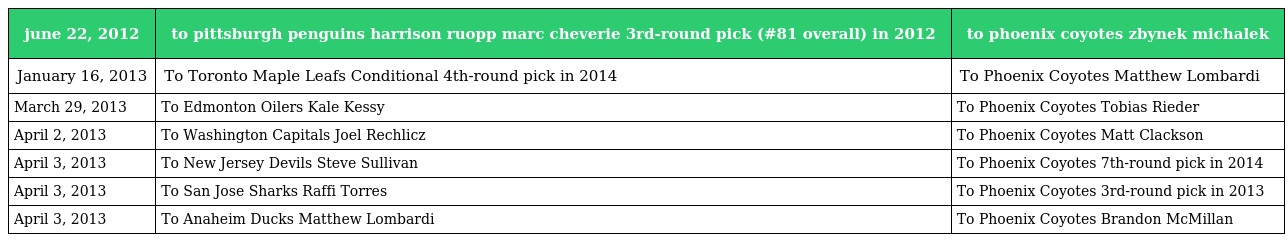
| june 22, 2012 | to pittsburgh penguins harrison ruopp marc cheverie 3rd-round pick (#81 overall) in 2012 | to phoenix coyotes zbynek michalek |
 | --- | --- | --- |
 | January 16, 2013 | To Toronto Maple Leafs Conditional 4th-round pick in 2014 | To Phoenix Coyotes Matthew Lombardi |
 | March 29, 2013 | To Edmonton Oilers Kale Kessy | To Phoenix Coyotes Tobias Rieder |
 | April 2, 2013 | To Washington Capitals Joel Rechlicz | To Phoenix Coyotes Matt Clackson |
 | April 3, 2013 | To New Jersey Devils Steve Sullivan | To Phoenix Coyotes 7th-round pick in 2014 |
 | April 3, 2013 | To San Jose Sharks Raffi Torres | To Phoenix Coyotes 3rd-round pick in 2013 |
 | April 3, 2013 | To Anaheim Ducks Matthew Lombardi | To Phoenix Coyotes Brandon McMillan |